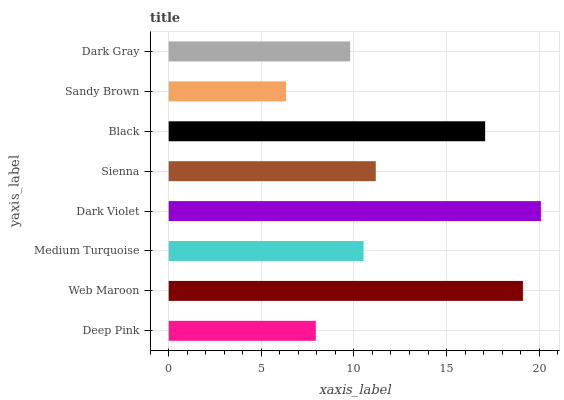
| yaxis_label | bars |
 | --- | --- |
 | Deep Pink | 7.94 |
 | Web Maroon | 19.1 |
 | Medium Turquoise | 10.5 |
 | Dark Violet | 20.1 |
 | Sienna | 11.2 |
 | Black | 17.1 |
 | Sandy Brown | 6.34 |
 | Dark Gray | 9.79 |